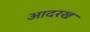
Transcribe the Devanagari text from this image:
आदरख